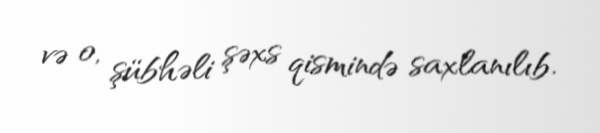
və o, şübhəli şəxs qismində saxlanılıb.